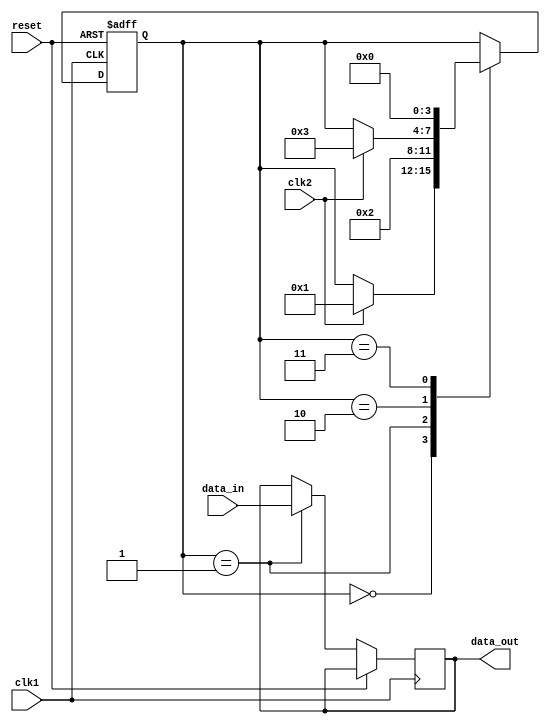
module Burst_synchronizer(
    input wire clk1,       // Clock input for domain 1
    input wire clk2,       // Clock input for domain 2
    input wire reset,      // Reset signal for synchronizer
    input wire data_in,    // Input data to be synchronized
    output reg data_out    // Output synchronized data
);

reg [3:0] sync_state;

always @(posedge clk1 or posedge reset) begin
    if (reset)
        sync_state <= 4'b0000;
    else begin
        case (sync_state)
            4'b0000: begin // Idle state
                if (clk2) // Wait for positive edge of clk2
                    sync_state <= 4'b0001;
            end
            4'b0001: begin // Capture state
                data_out <= data_in; // Capture incoming data
                sync_state <= 4'b0010;
            end
            4'b0010: begin // Release state
                if (clk2) // Wait for positive edge of clk2
                    sync_state <= 4'b0011;
            end
            4'b0011: begin // Stable state
                sync_state <= 4'b0000;
            end
        endcase
    end
end

endmodule